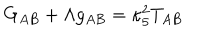
G _ { A B } + \Lambda g _ { A B } = \kappa _ { 5 } ^ { 2 } T _ { A B }